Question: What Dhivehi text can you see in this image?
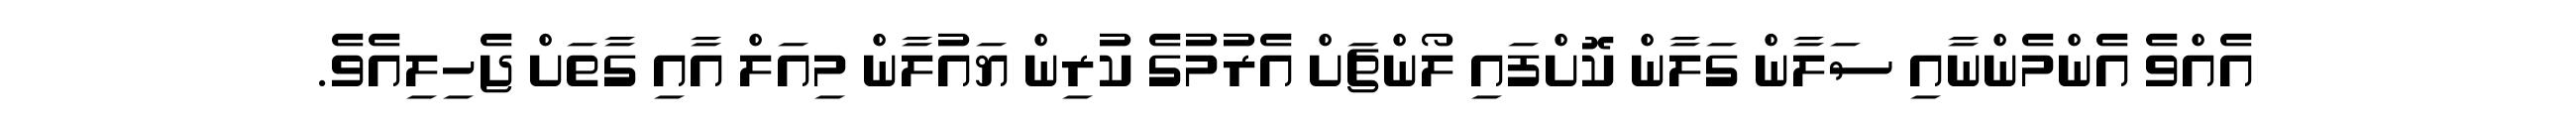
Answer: އެއްވެ އެންމެންނާއި ސަލާން ގަލާން ކޮށްފައި ލޯންޗަށް އެރުމުގެ ކުރިން ޔައުލާން މިއަލް އާއި ގާތަށް ޖެހިލިއެވެ.